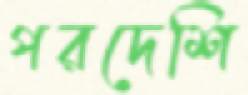
পরদেশি